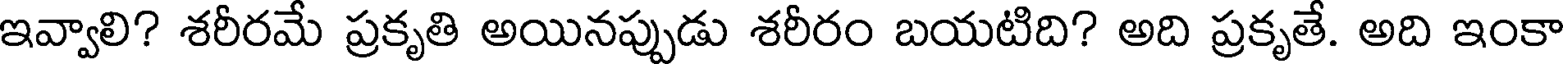
ఇవ్వాలి? శరీరమే ప్రకృతి అయినప్పుడు శరీరం బయటిది? అది ప్రకృతే. అది ఇంకా